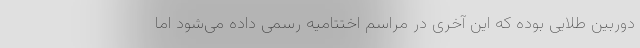
دوربین طلایی بوده که این آخری در مراسم اختتامیه رسمی داده می‌شود اما